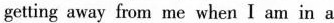
getting away from me when I am in a